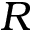
R